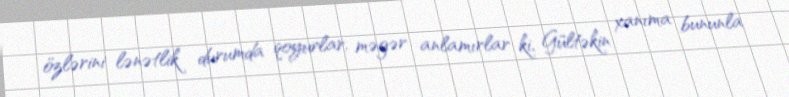
özlərini lənətlik durumda qoyurlar, məgər anlamırlar ki, Gültəkin xanıma bununla